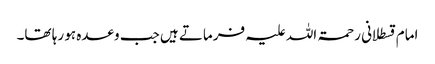
امام قسطلانی رحمۃ اللہ علیہ فرماتے ہیں جب وعدہ ہو رہا تھا۔